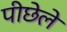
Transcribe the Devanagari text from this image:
पीछेले